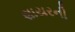
શાયરની